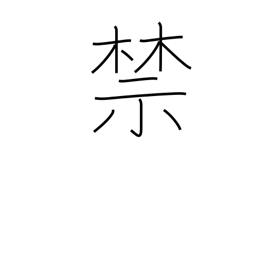
Meaning: forbid